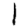
Digit: 1